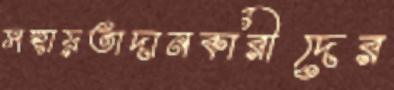
সহায়তাদানকারীদের